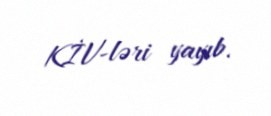
KİV-ləri yayıb.